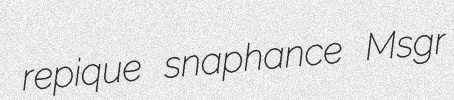
repique snaphance Msgr